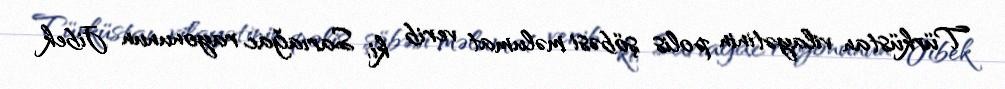
Türküstan vilayətinin polis şöbəsi məlumat verib ki, Sarıağac rayonunun Jibek